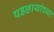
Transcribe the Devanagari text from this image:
पडछायांच्या